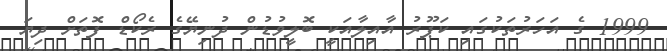
1999 ގެ އަހަރުތަކުގައި ކަޕޫރު އާއިލާއަކީ ބޮލީވުޑުން ދުނިޔޭގެ ރެކޯޑް ފޮތަށް ދިޔަ